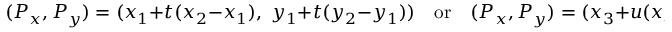
( P _ { x } , P _ { y } ) = ( x _ { 1 } + t ( x _ { 2 } - x _ { 1 } ) , \; y _ { 1 } + t ( y _ { 2 } - y _ { 1 } ) ) \quad { \mathrm { o r } } \quad ( P _ { x } , P _ { y } ) = ( x _ { 3 } + u ( x _ { 4 } - x _ { 3 } ) , \; y _ { 3 } + u ( y _ { 4 } - y _ { 3 } ) )